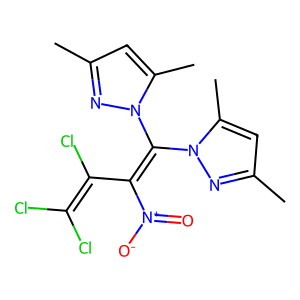
SMILES: Cc1cc(C)n(C(=C(C(Cl)=C(Cl)Cl)[N+](=O)[O-])n2nc(C)cc2C)n1
Inhibits HIV replication: No